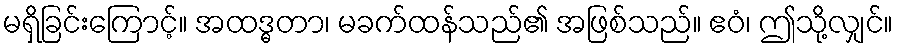
မရှိခြင်းကြောင့်။ အထဒ္ဓတာ၊ မခက်ထန်သည်၏ အဖြစ်သည်။ ဧဝံ၊ ဤသို့လျှင်။